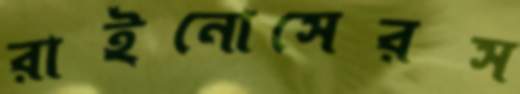
রাইনোসেরস